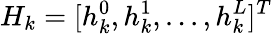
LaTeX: H_{k}=[h_{k}^{0},h_{k}^{1},...,h_{k}^{L}]^{T}